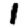
Digit: 1